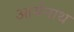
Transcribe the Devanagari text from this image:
आर्यनाथ